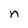
Character: n